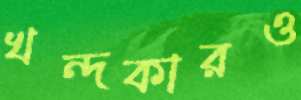
খন্দকারও